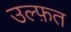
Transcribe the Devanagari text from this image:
उल्फ़त